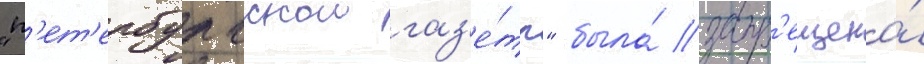
"п'ет'ербургскои газ'е́ты" была́ запр'ещена́